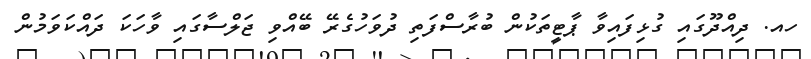
ހއ. ދިއްދޫގައި ގުޅިފައިވާ ޕާޓީތަކުން ބުރާސްފަތި ދުވަހުގެރޭ ބޭއްވި ޖަލްސާގައި ވާހަކަ ދައްކަވަމުން